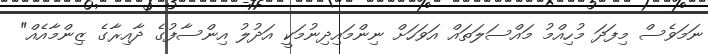
ނަމަވެސް މިފަދަ މުހިއްމު މައްސަލަތައް އަވަހަށް ނިންމައިދިނުމަކީ އަދުލު އިންސާފުގެ ދާއިރާގެ ޒިންމާއެއް"